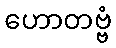
ဟောတဗ္ဗံ